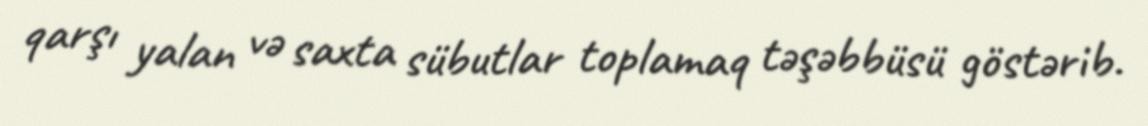
qarşı yalan və saxta sübutlar toplamaq təşəbbüsü göstərib.